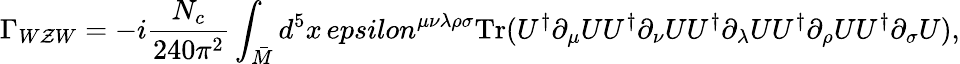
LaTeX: \Gamma_{W\mathcal{Z}W}=-i\frac{{N_{c}}}{{240\pi^{2}}}\int_{\bar{{M}}}d^{5}x\, epsilon^{\mu\nu\lambda\rho\sigma}\mathrm{{Tr}}(U^{\dagger}\partial_{\mu}UU^{\dagger}\partial_{\nu}UU^{\dagger}\partial_{\lambda}UU^{\dagger}\partial_{\rho}UU^{\dagger}\partial_{\sigma}U),